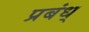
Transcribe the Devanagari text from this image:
प्रबंध्